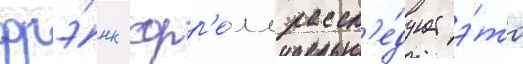
фрэ́нк сорр'елл рассл'е́дует э́то